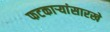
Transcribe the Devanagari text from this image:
फटकाऱ्यांसारखे